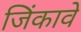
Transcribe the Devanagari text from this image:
जिंकावे